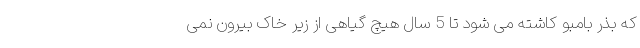
که بذر بامبو کاشته می شود تا 5 سال هیچ گیاهی از زیر خاک بیرون نمی